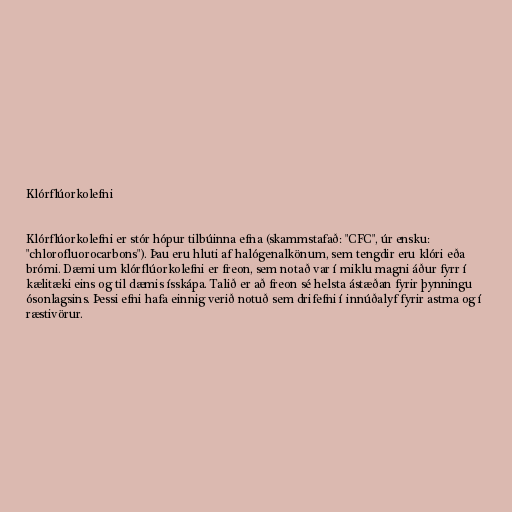
Klórflúorkolefni

Klórflúorkolefni er stór hópur tilbúinna efna (skammstafað: "CFC", úr ensku:
"chlorofluorocarbons"). Þau eru hluti af halógenalkönum, sem tengdir eru klóri eða
brómi. Dæmi um klórflúorkolefni er freon, sem notað var í miklu magni áður fyrr í
kælitæki eins og til dæmis ísskápa. Talið er að freon sé helsta ástæðan fyrir þynningu
ósonlagsins. Þessi efni hafa einnig verið notuð sem drifefni í innúðalyf fyrir astma og í
ræstivörur.